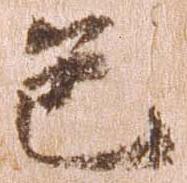
色